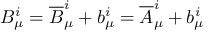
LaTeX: B _ { \mu } ^ { i } = { \overline { { B } } } _ { \mu } ^ { i } + b _ { \mu } ^ { i } = { \overline { { A } } } _ { \mu } ^ { i } + b _ { \mu } ^ { i }